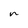
Character: n